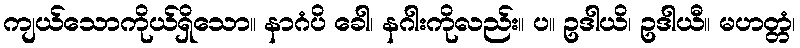
ကျယ်သောကိုယ်ရှိသော။ နာဂံပိ ခေါ၊ နဂါးကိုလည်း။ ပ။ ဥဒါယိ၊ ဥဒါယီ။ မဟတ္တံ၊